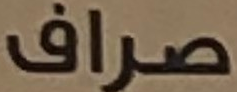
صراف